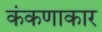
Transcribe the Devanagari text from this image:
कंकणाकार